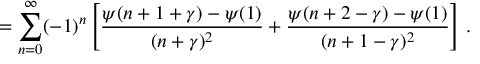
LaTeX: = \sum _ { n = 0 } ^ { \infty } ( - 1 ) ^ { n } \left[ \frac { \psi ( n + 1 + \gamma ) - \psi ( 1 ) } { ( n + \gamma ) ^ { 2 } } + \frac { \psi ( n + 2 - \gamma ) - \psi ( 1 ) } { ( n + 1 - \gamma ) ^ { 2 } } \right] \, .